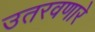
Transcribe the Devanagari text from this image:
उतरवणारे